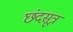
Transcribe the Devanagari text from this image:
छंदसूत्र